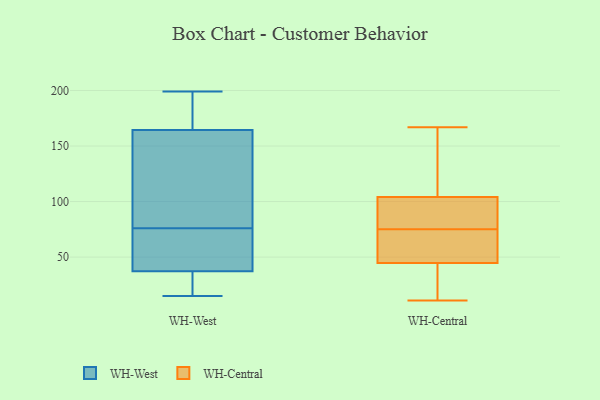
{"axis": {"x": "Satisfaction Score", "y": "Value"}, "legend": ["WH-Central", "WH-West"], "data": [{"x": "", "y": 139, "type": "WH-West"}, {"x": "", "y": 132, "type": "WH-West"}, {"x": "", "y": 15, "type": "WH-West"}, {"x": "", "y": 194, "type": "WH-West"}, {"x": "", "y": 56, "type": "WH-West"}, {"x": "", "y": 33, "type": "WH-West"}, {"x": "", "y": 199, "type": "WH-West"}, {"x": "", "y": 22, "type": "WH-West"}, {"x": "", "y": 173, "type": "WH-West"}, {"x": "", "y": 76, "type": "WH-West"}, {"x": "", "y": 50, "type": "WH-West"}, {"x": "", "y": 16, "type": "WH-Central"}, {"x": "", "y": 132, "type": "WH-Central"}, {"x": "", "y": 75, "type": "WH-Central"}, {"x": "", "y": 67, "type": "WH-Central"}, {"x": "", "y": 97, "type": "WH-Central"}, {"x": "", "y": 38, "type": "WH-Central"}, {"x": "", "y": 79, "type": "WH-Central"}, {"x": "", "y": 47, "type": "WH-Central"}, {"x": "", "y": 66, "type": "WH-Central"}, {"x": "", "y": 11, "type": "WH-Central"}, {"x": "", "y": 81, "type": "WH-Central"}, {"x": "", "y": 167, "type": "WH-Central"}, {"x": "", "y": 125, "type": "WH-Central"}]}